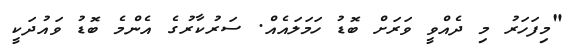
"މިފަހަރު މި ދެއްވީ ވަރަށް ބޮޑު ހަމަލައެއް. ސަރުކާރުގެ އެންމެ ބޮޑު ވައުދަކީ